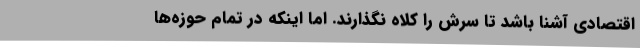
اقتصادی آشنا باشد تا سرش را کلاه نگذارند. اما اینکه در تمام حوزه‌ها